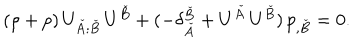
( \rho + p ) \, U _ { \check { A } ; \check { B } } \, U ^ { \check { B } } + ( - \delta _ { \check { A } } ^ { \check { B } } + U ^ { \check { A } } \, U ^ { \check { B } } ) \, p _ { , \check { B } } = 0 .